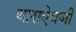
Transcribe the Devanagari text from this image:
बाराऐवजी